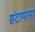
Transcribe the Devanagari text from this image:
संटायाना